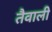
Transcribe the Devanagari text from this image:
तैवाली